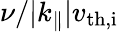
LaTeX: \nu/|k_{\parallel}|v_{\mathrm{th,i}}